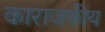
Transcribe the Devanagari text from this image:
काराजकीय